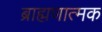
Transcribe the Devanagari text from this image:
ब्राह्मणात्मक